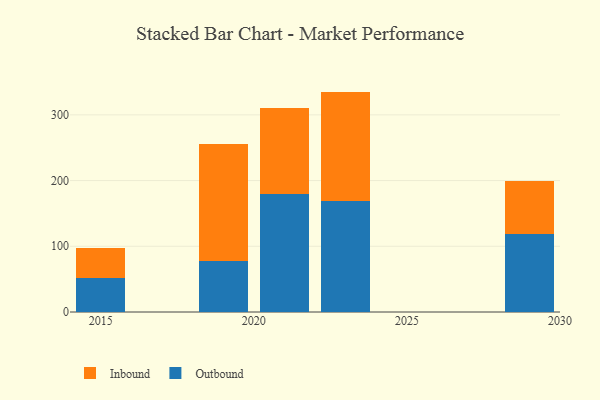
{"axis": {"x": "Year", "y": "Tickets Resolved"}, "legend": ["Inbound", "Outbound"], "data": [{"x": "2029", "y": 118.8, "type": "Outbound"}, {"x": "2029", "y": 80.3, "type": "Inbound"}, {"x": "2015", "y": 51.5, "type": "Outbound"}, {"x": "2015", "y": 46.3, "type": "Inbound"}, {"x": "2021", "y": 179.3, "type": "Outbound"}, {"x": "2021", "y": 131.4, "type": "Inbound"}, {"x": "2023", "y": 169.0, "type": "Outbound"}, {"x": "2023", "y": 166.4, "type": "Inbound"}, {"x": "2019", "y": 77.3, "type": "Outbound"}, {"x": "2019", "y": 178.8, "type": "Inbound"}]}